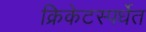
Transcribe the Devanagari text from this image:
क्रिकेटस्पर्धेत